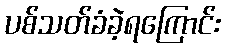
ပစ်သတ်ခံခဲ့ရကြောင်း